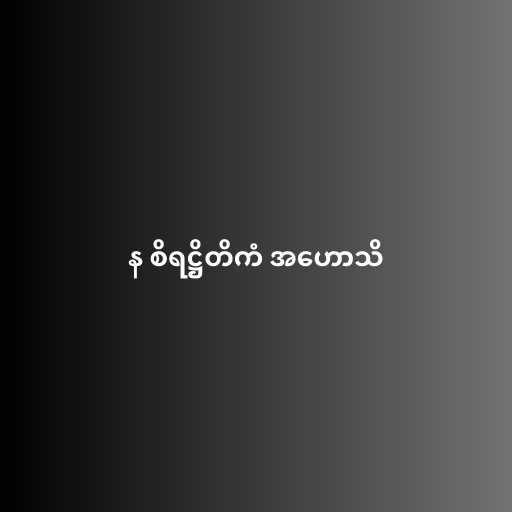
န စိရဋ္ဌိတိကံ အဟောသိ